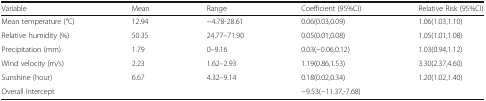
| Variable | Mean | Range | Coefficient (95%CI) | Relative Risk (95%CI) |
 | --- | --- | --- | --- | --- |
 | Mean temperature (°C) | 12.94 | −4.78-28.61 | 0.06(0.03,0.09) | 1.06(1.03,1.10) |
 | Relative humidity (%) | 50.35 | 24.77–71.90 | 0.05(0.01,0.08) | 1.05(1.01,1.08) |
 | Precipitation (mm) | 1.79 | 0–9.16 | 0.03(−0.06,0.12) | 1.03(0.94,1.12) |
 | Wind velocity (m/s) | 2.23 | 1.62–2.93 | 1.19(0.86,1.53) | 3.30(2.37,4.60) |
 | Sunshine (hour) | 6.67 | 4.32–9.14 | 0.18(0.02,0.34) | 1.20(1.02,1.40) |
 | Overall Intercept |  |  | −9.53(−11.37,-7.68) |  |